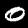
Label: 0